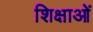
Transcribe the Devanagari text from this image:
शिक्षाआें